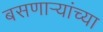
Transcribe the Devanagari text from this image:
बसणार्‍यांच्या